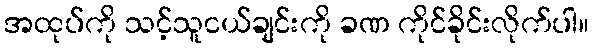
အထုပ်ကို သင့်သူငယ်ချင်းကို ခဏ ကိုင်ခိုင်းလိုက်ပါ။